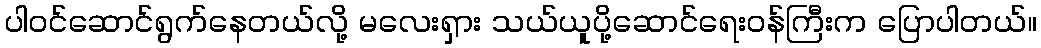
ပါဝင်ဆောင်ရွက်နေတယ်လို့ မလေးရှား သယ်ယူပို့ဆောင်ရေးဝန်ကြီးက ပြောပါတယ်။